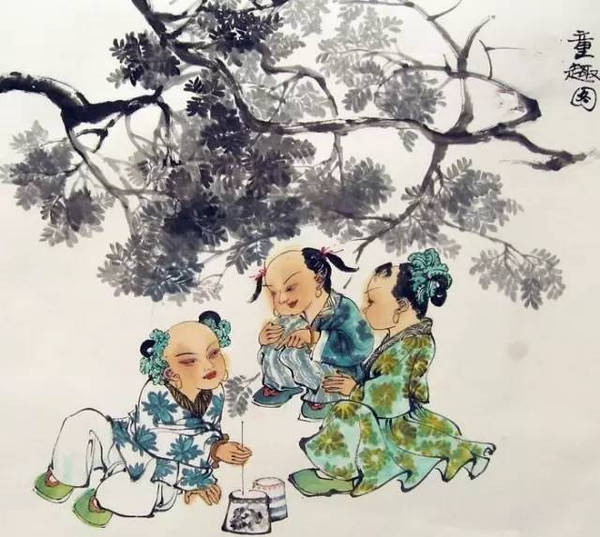
忆年十五心尚孩，健如黄犊走复来。